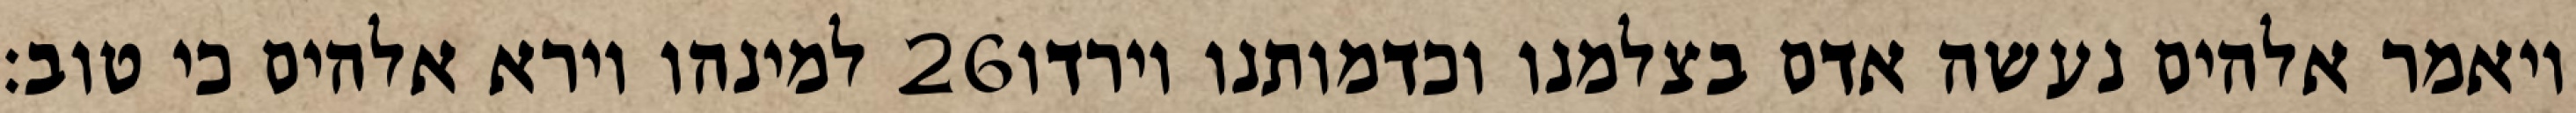
למינהו וירא אלהים כי טוב׃ ‎26‏ ויאמר אלהים נעשה אדם בצלמנו וכדמותנו וירדו